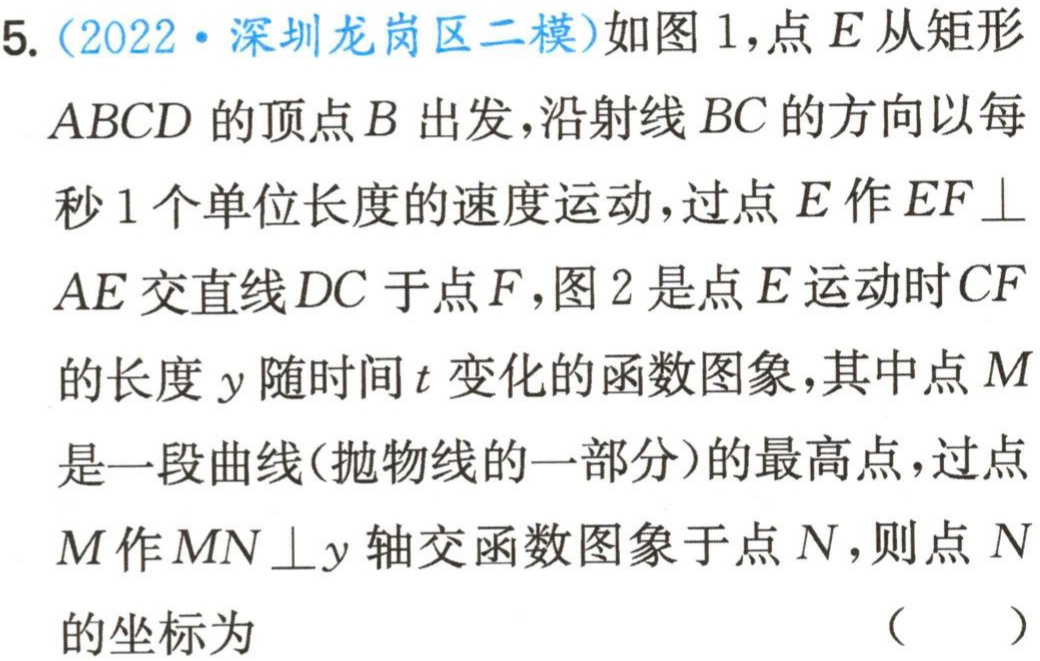
5.（2022·深圳龙岗区二模）如图1，点\(E\)从矩形

\(ABCD\)的顶点\(B\)出发，沿射线\(BC\)的方向以每

秒\(1\)个单位长度的速度运动，过点\(E\)作\(EF\perp\)

\(AE\)交直线\(DC\)于点\(F\)，图2是点\(E\)运动时\(CF\)

的长度\(y\)随时间\(t\)变化的函数图象，其中点\(M\)

是一段曲线（抛物线的一部分）的最高点，过点

\(M\)作\(MN\perp y\)轴交函数图象于点\(N\)，则点\(N\)

的坐标为 （  ）